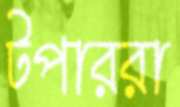
টপাররা